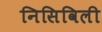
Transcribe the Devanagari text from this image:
निसिविली